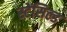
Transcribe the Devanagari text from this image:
स्टेंसिल्ड